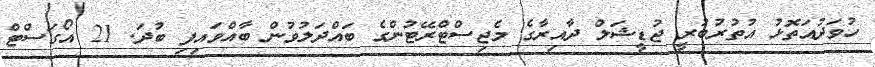
ހުވަދުއަތޮޅު އުތުރުބުރީ ޖުޑީޝަލް ދާއިރާގެ މެޖިސްޓްރޭޓުންގެ ބައްދަލުވުން ބާއްވައިފި ބުދަ